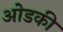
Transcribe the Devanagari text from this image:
ओडकी